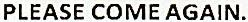
PLEASE COME AGAIN.